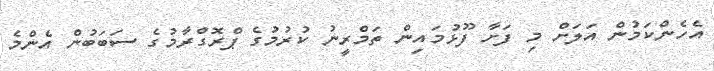
އެހެންކަމުން އަލަށް މި ފަށާ ފޫޅުމައިން ތަމްރީނު ކުރުމުގެ ޕްރޮގްރާމުގެ ސަބަބުން އެންމެ